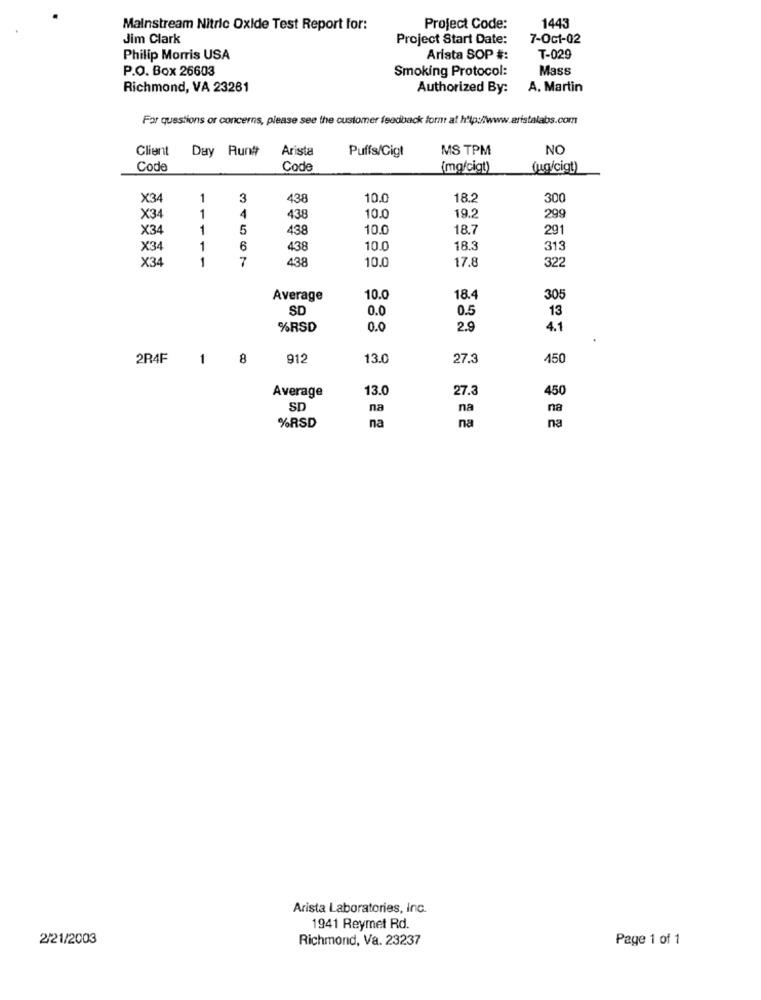
Mainstream Nitric Oxide Test Report for:
Project Code:
1443
Jim Clark
Project Start Date:
7-Oct-02
Philip Morris USA
Arista SOP #:
T-029
P.O. Box 26603
Smoking Protocol:
Mass
Richmond, VA 23261
Authorized By:
A. Martin
For questions or concerns, please see the customer feedback form at http:/www.aristalabs.com
Client
Day Run#
Arista
Puffs/Cigt
MS TPM
NO
Code
Code
(mg/cigt)
(ug/cigt)
X34
1
3
438
10.0
18.2
300
X34
1
4
438
10.0
19.2
299
X34
1
5
438
10.0
18.7
291
X34
1
6
438
10.0
18.3
313
X34
1
7
438
10.0
17.8
322
Average
10.0
18.4
305
SD
0.0
0.5
13
%RSD
0.0
2.9
4.1
2R4F
1
8
912
13.0
27.3
450
13.0
27.3
450
Average
SD
na
na
na
%RSD
na
na
na
Arista Laboratories, Inc.
1941 Reymet Rd.
2/21/2003
Richmond, Va. 23237
Page 1 of 1